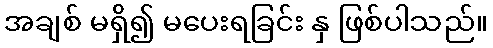
အချစ် မရှိ၍ မပေးရခြင်း နှ ဖြစ်ပါသည်။